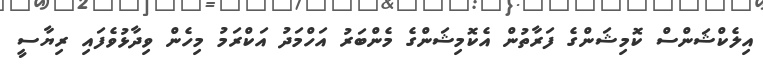
އިލެކްޝަންސް ކޮމިޝަންގެ ފަރާތުން އެކޮމިޝަންގެ މެންބަރު އަހްމަދު އަކްރަމު މިހެން ވިދާޅުވެފައި ރިޔާސީ